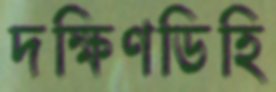
দক্ষিণডিহি